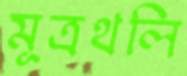
মূত্রথলি